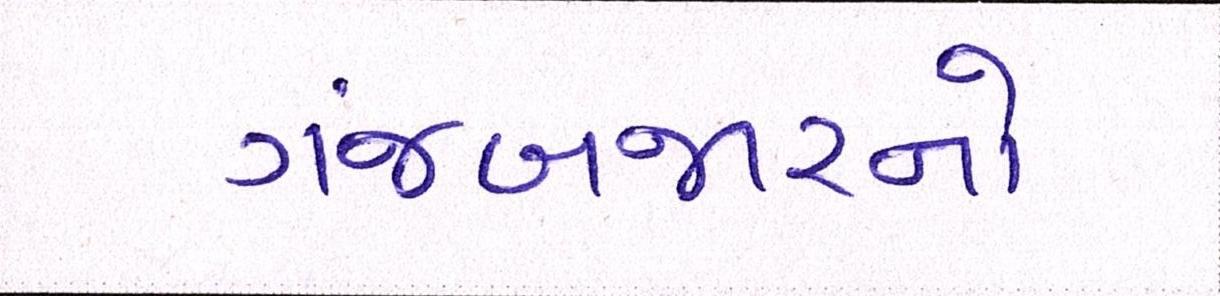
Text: ગંજબજારનો